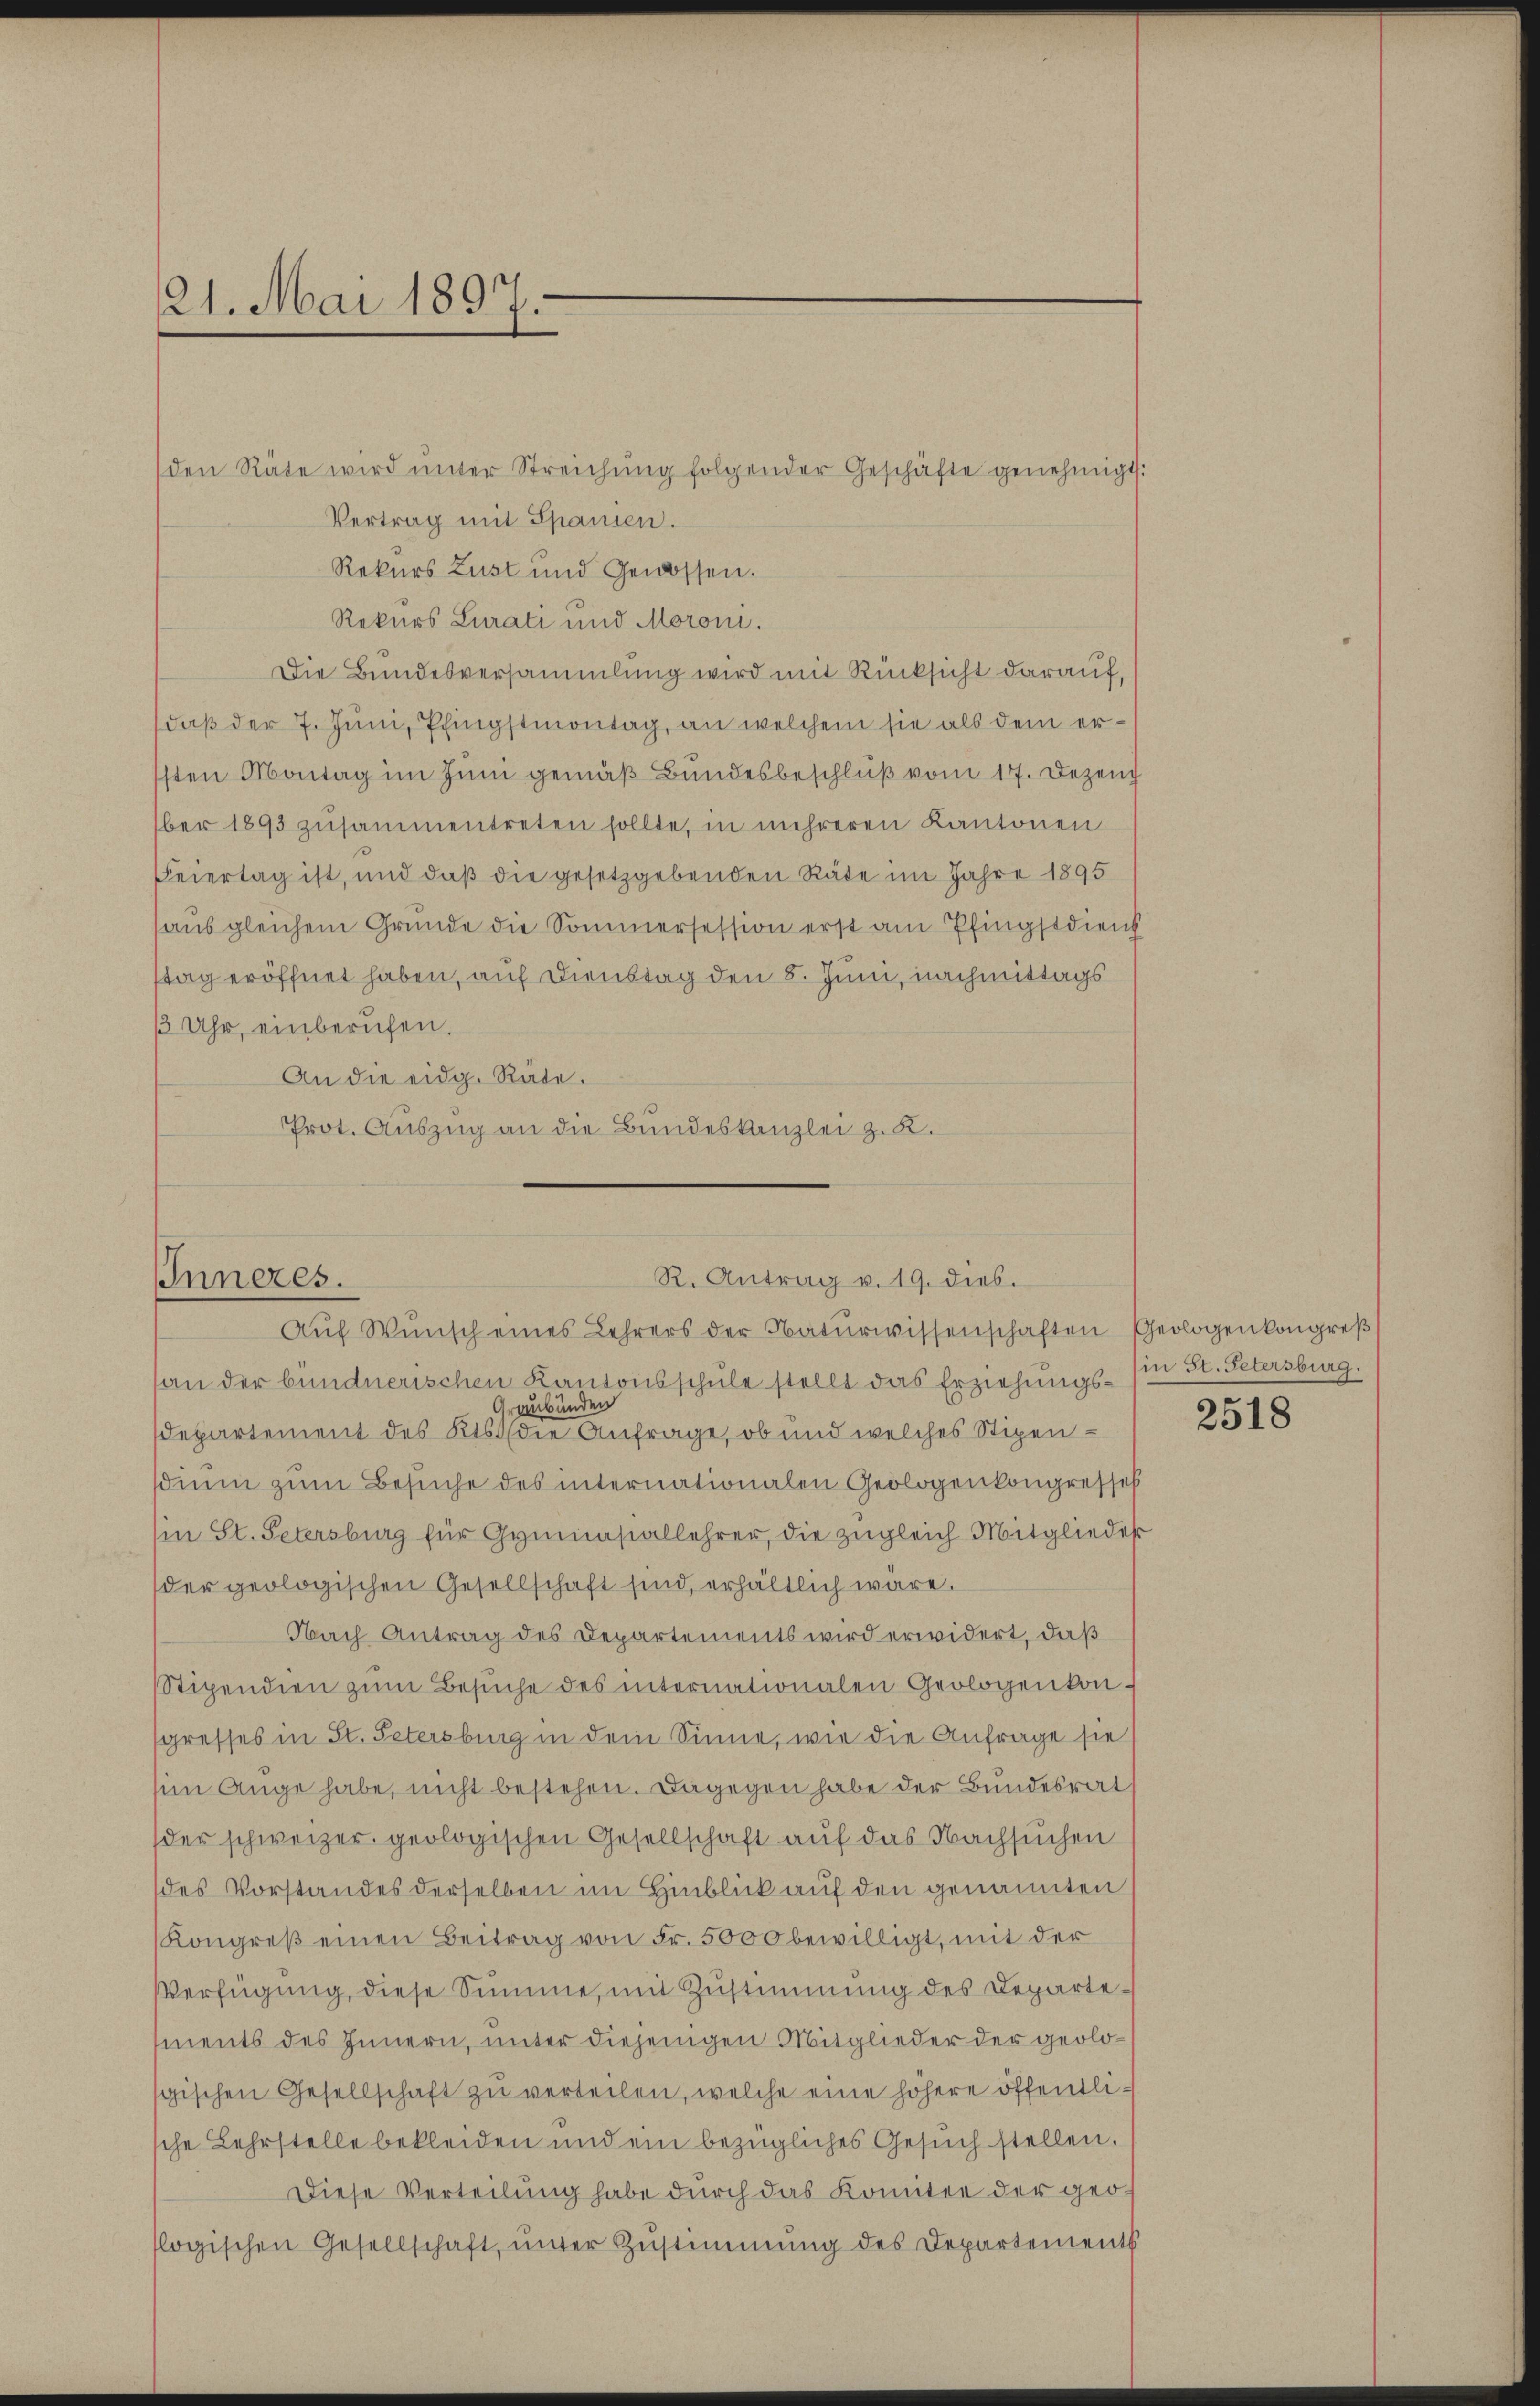
121. Mai 1897.

den Räte wird ŭnter Streichŭng folgender Geschäfte genehmigt:
Vertrag mit Spanien.
Rekurs Lust und Genossen.
Rekurs Lurati und Moroni.
Die Bundesversammlung wird mit Rücksicht darauf,
daß der 7. Juni, Pfingstmontag, an welchem sie als dem er¬
1sten Montag im Juni gemäß Bundesbeschluß vom 17. Dezem
ber 1893 zusammentreten sollte, in mehreren Kantonen
Feiertag ist, und daß die gesetzgebenden Räte im Jahre 1895
ausgleichem Grunde die Sommersession erst am Pfingstdiens
stag eröffnet haben, auf Dienstag den 8. Juni, nachmittags
/3 Uhr, einberufen.
An die eidg. Räte.
Prot. Auszug an die Bundeskanzlei z. B.

R. Antrag v. 19. dies.
Inneres.
Aŭf Wŭnsch eines Lehrers der Naturwissenschaften Geologenkongreß

an der bündnerischen Kantonsschule stellt das Erziehungs- (in St. Petersburg.
Graubünden
departement des Kts. (die Anfrage, ob und welches Stipensdium zum Besuche des internationalen Geologenkongressel
in St. Petersburg für Gymnasiallehrer, die zugleich Mitglieder
der geologischen Gesellschaft sind, erhältlich wäre.
Nach Antrag des Departements wird erwidert, daß
Stipendien zŭm Besŭche des internationalen Geologenkongresses in St. Petersburg in dem Sinne, wie die Anfrage sie
sin Auge habe, nicht bestehen. Dagegen habe der Bundesrat
der schweizer geologischen Gesellschaft auf das Nachsuchen
des Vorstandes derselben im Hinblick auf den genannten
Kongreβ einen Beitrag von Fr. 5000 bewilligt, mit der
Verfügung, diese Summe, mit Zustimmung des Departements des Innern, unter diejenigen Mitglieder der geolosgischen Gesellschaft zŭ verteilen, welche eine höhere öffentlische Lehrstelle bekleiden und ein bezügliches Gesuch stellen.
Diese Verteilung habe durch das Komitee der geoflogischen Gesellschaft, ŭnter Zŭstimmung des Departements

2518